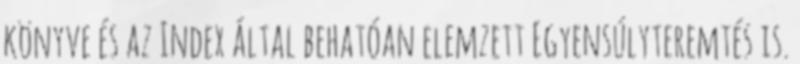
könyve és az Index által behatóan elemzett Egyensúlyteremtés is.